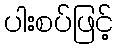
ပါးစပ်ဖြင့်